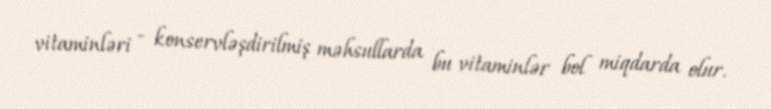
vitaminləri - konservləşdirilmiş məhsullarda bu vitaminlər bol miqdarda olur.